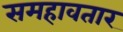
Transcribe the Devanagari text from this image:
समहावतार